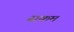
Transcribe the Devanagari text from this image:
सकम